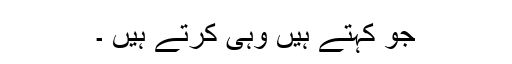
جو کہتے ہیں وہی کرتے ہیں ۔